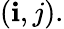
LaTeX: (\mathbf{i},j).